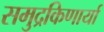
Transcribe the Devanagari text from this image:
समुद्रकिणार्या